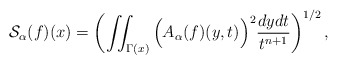
\begin{align*}\mathcal S_{\alpha}(f)(x)=\left(\iint_{\Gamma(x)}\Big(A_\alpha(f)(y,t)\Big)^2\frac{dydt}{t^{n+1}}\right)^{1/2},\end{align*}